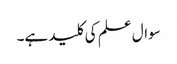
سوال علم کی کلید ہے۔